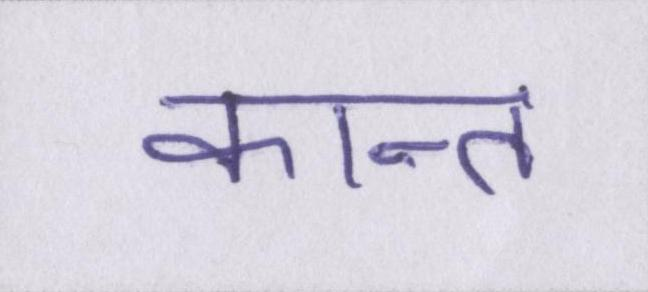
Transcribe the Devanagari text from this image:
कान्त